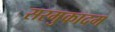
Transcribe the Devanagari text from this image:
सरमुकादम